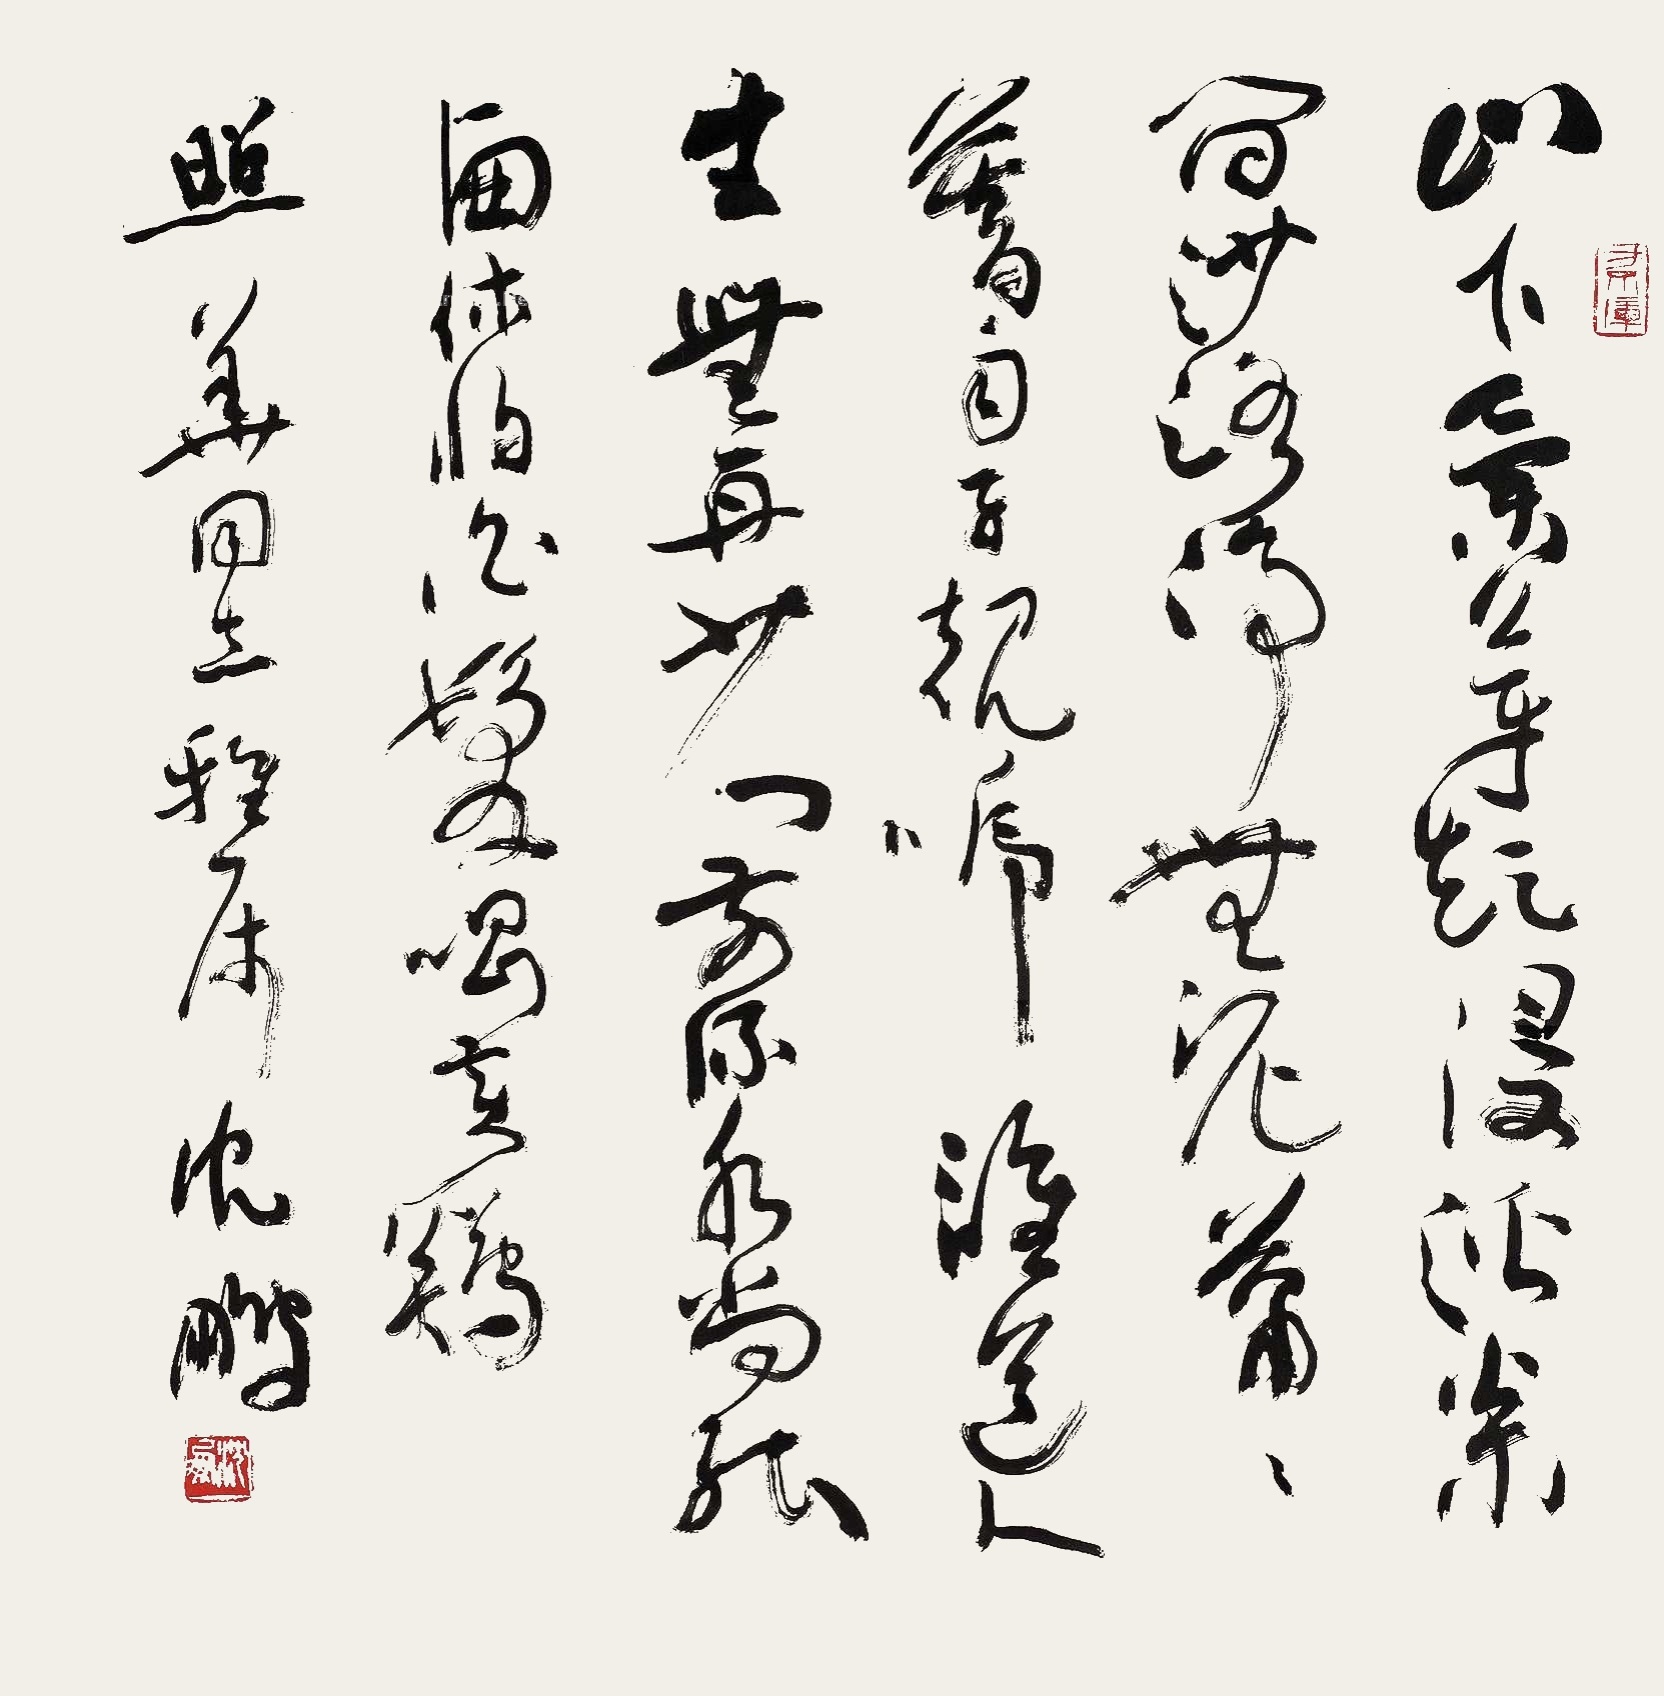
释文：山下兰芽短浸溪，松间沙路净无泥，萧萧暮雨子规啼。谁道人生无再少？门前流水尚能西。休将白发唱黄鸡。照华同志雅属，沈鹏。